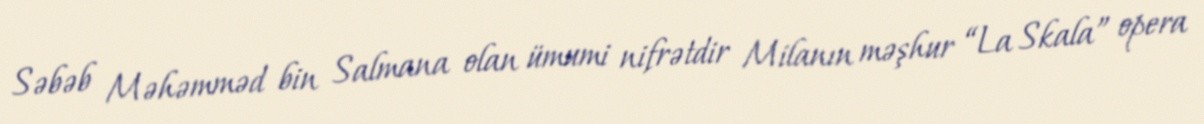
Səbəb Məhəmməd bin Salmana olan ümumi nifrətdir Milanın məşhur “La Skala” opera